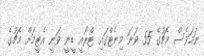
ނަމަވެސް މެޗުގެ 55 ވަނަ މިނެޓްގައި ޓްރޯއީ ޑީނީ ވަނީ އެޓީމަށް މެޗުގެ